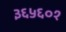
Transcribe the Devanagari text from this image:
३६५६०१